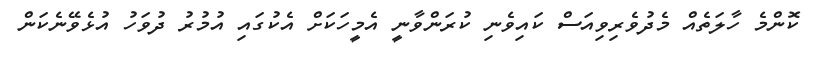
ކޮންމެ ހާލަތެއް މެދުވެރިވިއަސް ކައިވެނި ކުރަންވާނީ އެމީހަކަށް އެކުގައި އުމުރު ދުވަހު އުޅެވޭނެކަން